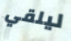
ليلقي